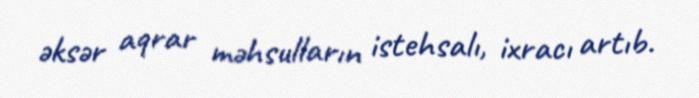
əksər aqrar məhsulların istehsalı, ixracı artıb.